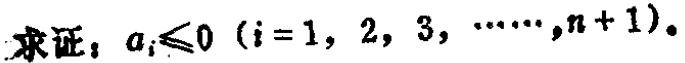
求证：\(a_{i}\leqslant0\ (i = 1,2,3,\cdots,n + 1)\)。